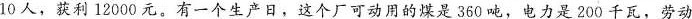
10人，获利12000元。有一个生产日，这个厂可动用的煤是360吨，电力是200千瓦，劳动